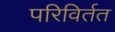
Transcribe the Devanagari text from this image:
परिविर्तत